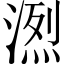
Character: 𪶭